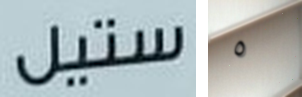
ستيل ٥